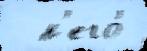
  н'его́